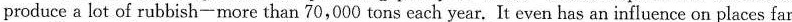
produce a lot of rubbish-more than 70,000 tons each year. It even has an influence on places far